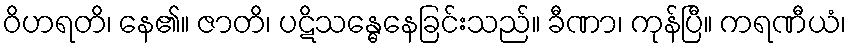
ဝိဟရတိ၊ နေ၏။ ဇာတိ၊ ပဋိသန္ဓေနေခြင်းသည်။ ခီဏာ၊ ကုန်ပြီ။ ကရဏီယံ၊